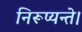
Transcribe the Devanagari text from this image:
निरूप्यन्ते।